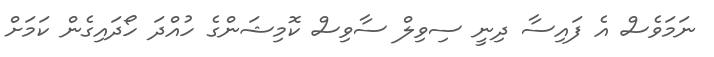
ނަމަވެސް އެ ފައިސާ ދިނީ ސިވިލް ސާވިސް ކޮމިޝަންގެ ހުއްދަ ހޯދައިގެން ކަމަށް